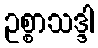
ဥစ္စာသဒ္ဒါ